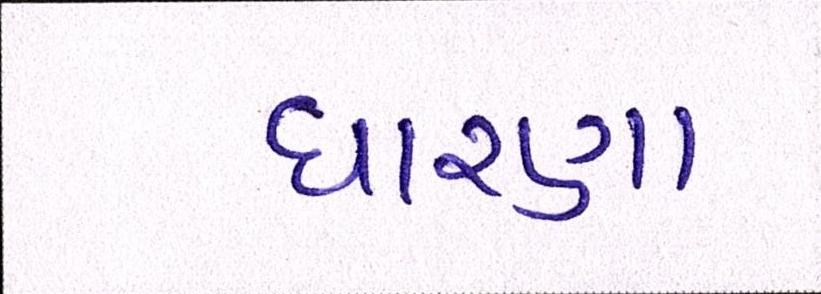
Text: ધારણા